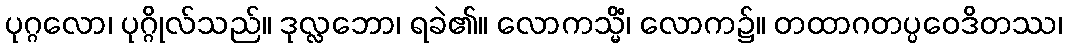
ပုဂ္ဂလော၊ ပုဂ္ဂိုလ်သည်။ ဒုလ္လဘော၊ ရခဲ၏။ လောကသ္မိံ၊ လောက၌။ တထာဂတပ္ပဝေဒိတဿ၊